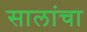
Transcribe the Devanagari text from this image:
सालांचा